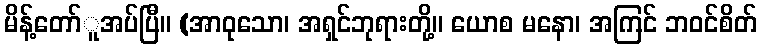
မိန့်တော်ူအပ်ပြီ။ (အာဝုသော၊ အရှင်ဘုရားတို့။ ယောစ မနော၊ အကြင် ဘဝင်စိတ်